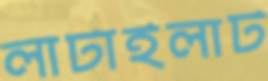
লাটাইলাট